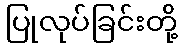
ပြုလုပ်ခြင်းတို့